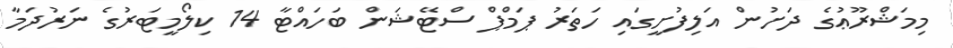
މިމަޝްރޫޢުގެ ދަށުން އަލިފުށީގައި ހަތަރު ޕަމްޕް ސްޓޭޝަން ބަހައްޓާ 14 ކިލޯމީޓަރުގެ ނަރުދަމާ